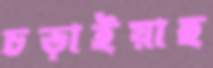
চড়াইয়াছ